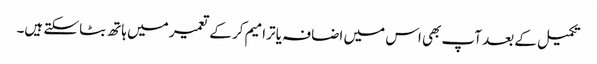
تکمیل کے بعد آپ بھی اس میں اضافہ یا ترامیم کر کے تعمیر میں ہاتھ بٹا سکتے ہیں۔